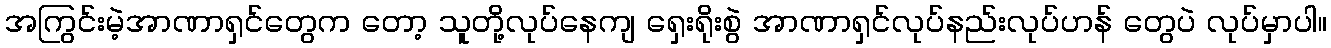
အကြွင်းမဲ့အာဏာရှင်တွေက တော့ သူတို့လုပ်နေကျ ရှေးရိုးစွဲ အာဏာရှင်လုပ်နည်းလုပ်ဟန် တွေပဲ လုပ်မှာပါ။